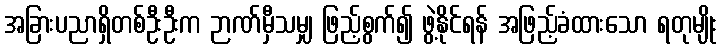
အခြားပညာရှိတစ်ဦးဦးက ဉာဏ်မှီသမျှ ဖြည့်စွက်၍ ဖွဲ့နိုင်ရန် အဖြည့်ခံထားသော ရတုမျိုး